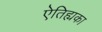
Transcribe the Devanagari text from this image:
ऐतिह्यका